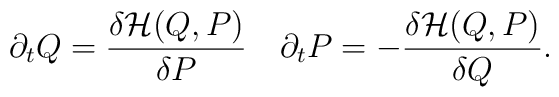
\partial_tQ=\frac{\delta {\cal H}(Q,P)}{\delta P}\quad   \partial_tP=-\frac{\delta {\cal H}(Q,P)}{\delta Q}.